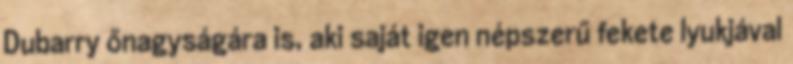
Dubarry őnagyságára is, aki saját igen népszerű fekete lyukjával